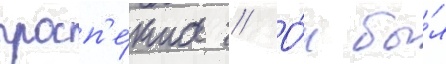
просп'е́кта // О́н бы́л